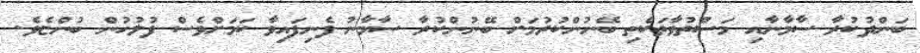
ބަންދުކުރާ ސާމާނާއި މަސްތުވާތަކެތި ބޭނުންކުރުމަށް ބޭނުންކުރާ ސާމާނު ފެނިފައިވާ ކަމަށްވެސް ފުލުހުން ބުންޏެވެ.